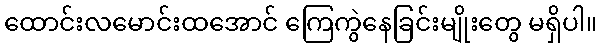
ထောင်းလမောင်းထအောင် ကြေကွဲနေခြင်းမျိုးတွေ မရှိပါ။